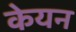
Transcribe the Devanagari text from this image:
केयन